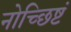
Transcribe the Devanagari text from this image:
नोच्छिष्टं